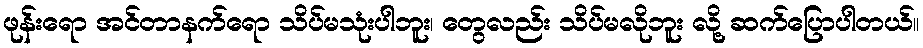
ဖုန်းရော အင်တာနက်ရော သိပ်မသုံးပါဘူး၊ တွေလည်း သိပ်မလိုဘူး လို့ ဆက်ပြောပါတယ်။